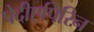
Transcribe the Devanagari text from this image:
पेदीएपिरिन